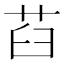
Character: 𦭻